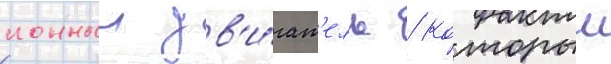
ионныи дв'и́гат'ель / которыи